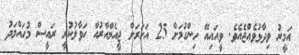
އަމީރު ވިދާޅުވެއްޖެއެވެ. ވީއައިއޭ ހިންގުމަށް 25 އަހަރަށް ޖީއެމްއާރުއާ ހަވާލުކުރީ ރައީސް މުހައްމަދު